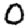
Digit: 0